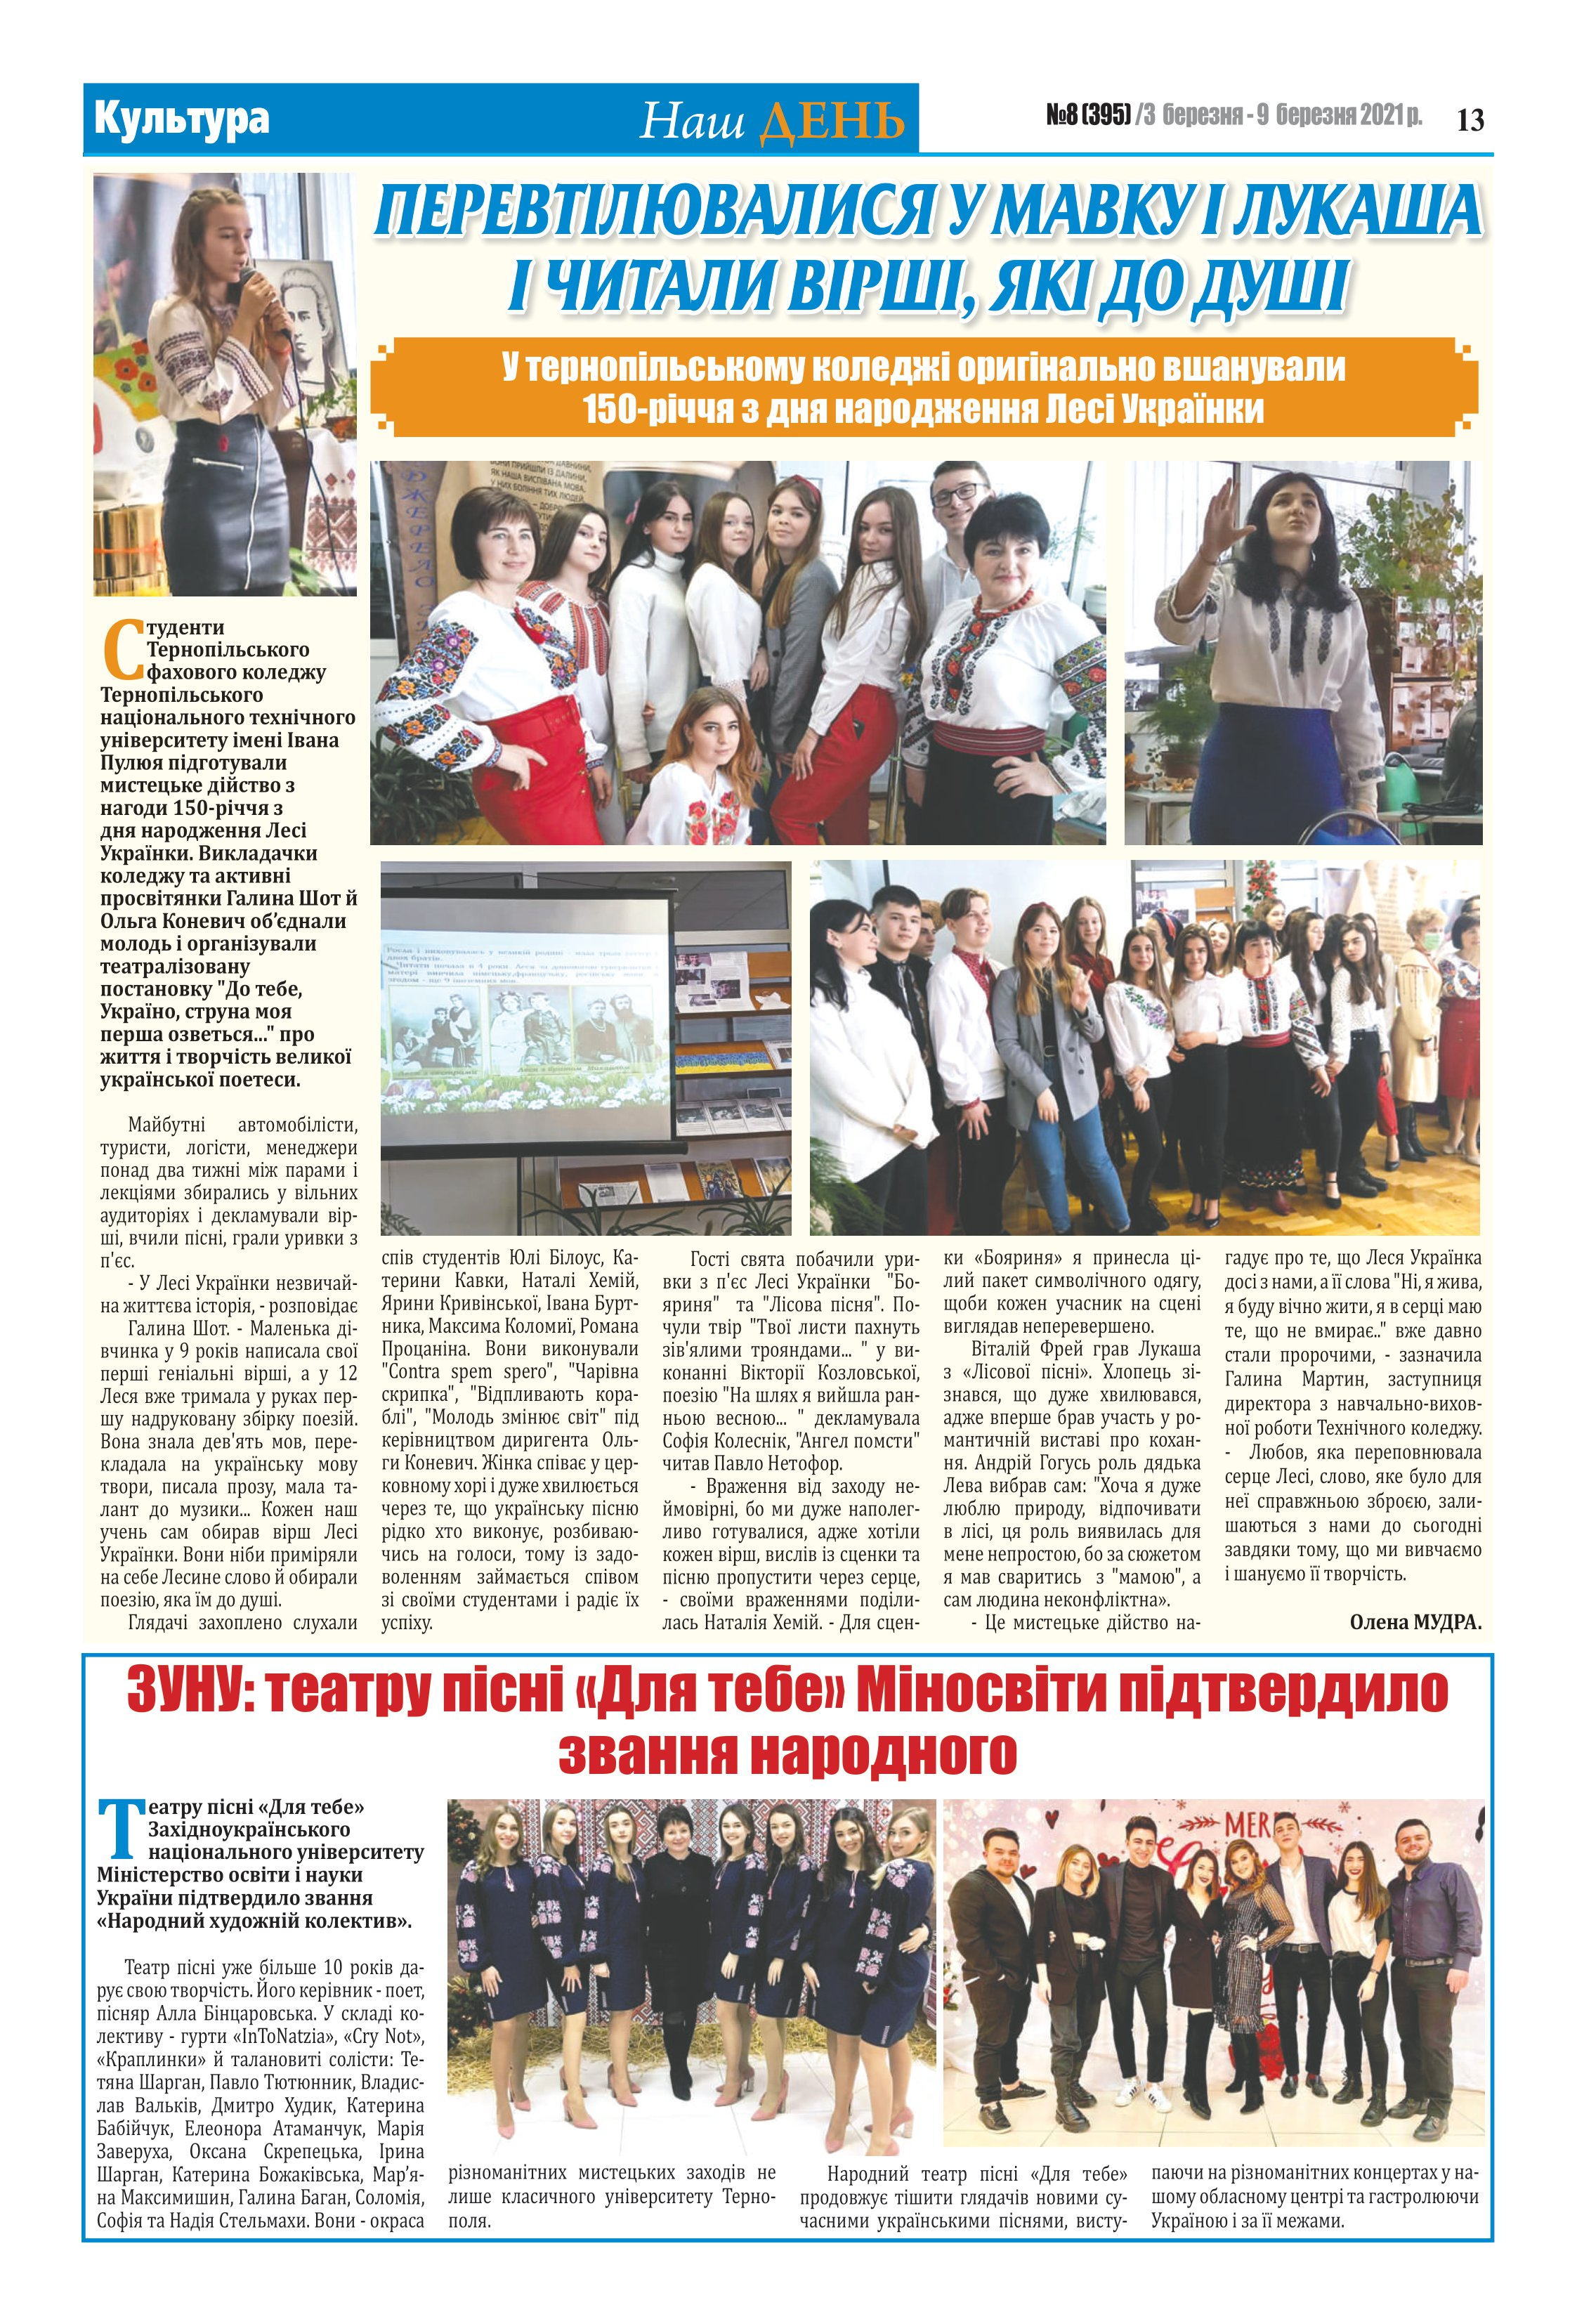
Language: uk